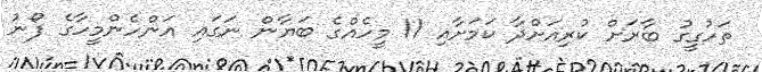
ތަހުގީގު ބާރަށް ކުރިއަށްދާ ކަމަށާއި 11 މީހެއްގެ ބަޔާން ނަގައި އަންހެންމީހާގެ ފޯނު